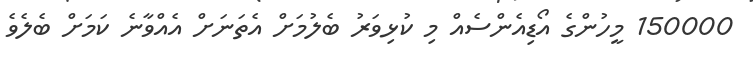
150000 މީހުންގެ އޯޑިއެންސެއް މި ކުޅިވަރު ބެލުމަށް އެތަނަށް އެއްވާނެ ކަމަށް ބެލެވެ